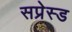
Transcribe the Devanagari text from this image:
सप्रेस्ड